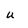
Character: u